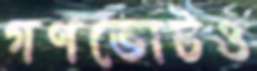
গণভোটও